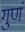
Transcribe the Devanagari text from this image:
गुणं